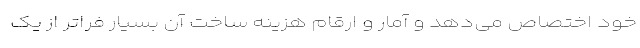
خود اختصاص می‌دهد و آمار و ارقام هزینه ساخت آن بسیار فراتر از یک